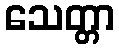
သေတ္တာ